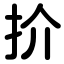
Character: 扴